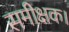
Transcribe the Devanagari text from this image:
समीक्षक।